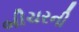
બીચરની